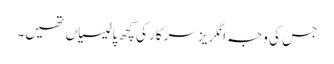
جس کی وجہ انگریز سرکار کی کچھ پالیسیاں تھیں۔